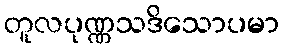
တူလပုဏ္ဏသဒိသောပမာ